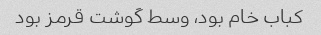
کباب خام بود، وسط گوشت قرمز بود